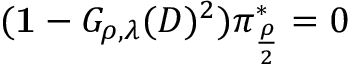
( { \bf 1 } - G _ { \rho , \lambda } ( D ) ^ { 2 } ) \pi _ { \frac { \rho } { 2 } } ^ { * } = 0